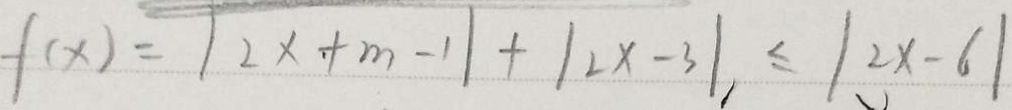
f ( x ) = \vert 2 x + m - 1 \vert + \vert 2 x - 3 \vert \leq \vert 2 x - 6 \vert